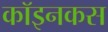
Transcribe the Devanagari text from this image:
कॉइनकस